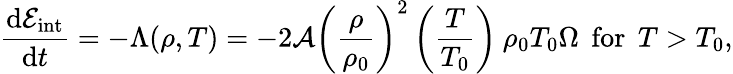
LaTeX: \frac{\mathrm{d}\mathcal{E}_{\mathrm{int}}}{\mathrm{d}t}=-\Lambda(\rho,T)=-2{\mathcal{A}}\left(\frac{\rho}{\rho_{0}}\right)^{2}\left(\frac{T}{T_{0}}\right)\: \rho_{0}T_{0}\Omega\: \: \mathrm{for}\: \: T>T_{0},